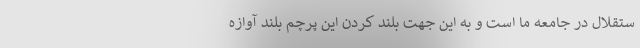
ستقلال در جامعه ما است و به این جهت بلند کردن این پرچم بلند آوازه